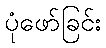
ပုံဖော်ခြင်း